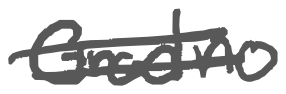
Text: Grodno
Cross-out: double-line
Writing tool: digital_gray